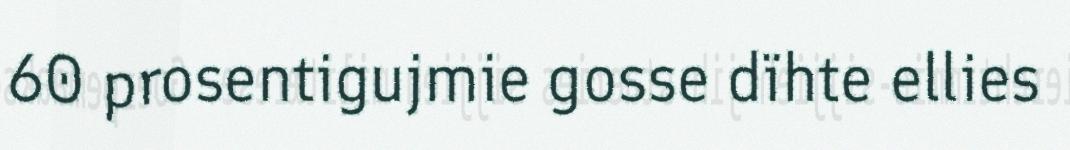
60 prosentigujmie gosse dïhte ellies